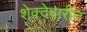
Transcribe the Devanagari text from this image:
शेक्देवारीत